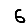
Digit: 6